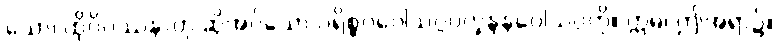
သော၊ ထိုဝိပဿနာဟု ဆိုအပ်သော ပရိစ္စဂဝေါသဂ္ဂပက္ခန္ဒနဝေါသဂ္ဂကို။ ဣဓ၊ ဤအရာ၌။